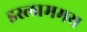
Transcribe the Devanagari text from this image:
इस्लाममय